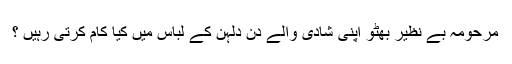
مرحومہ بے نظیر بھٹو اپنی شادی والے دن دلہن کے لباس میں کیا کام کرتی رہیں ؟